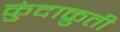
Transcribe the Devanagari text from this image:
कुंदाक्रुती